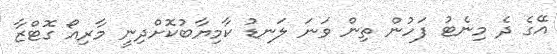
އޭގެ ދެ މިނެޓު ފަހުން ތިން ވަނަ ލަނޑު ކާމިޔާބުކޮށްދިނީ މާރިއޯ ގޮޓްޒާ